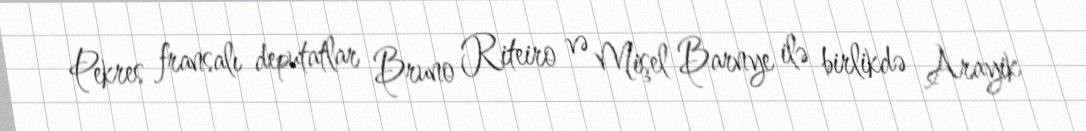
Pekres fransalı deputatlar Bruno Riteiro və Mişel Barnye ilə birlikdə Arayik